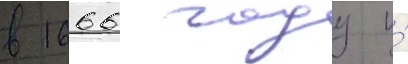
в 1666 году и́